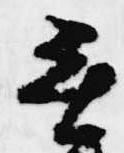
無